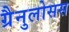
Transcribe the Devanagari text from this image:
ग्रैनुलोसस